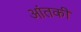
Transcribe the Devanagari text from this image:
आंतकी